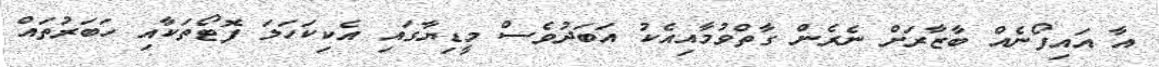
އާ އައިފޯނެއް ބާޒާރަށް ނެރެން ގާތްވުމާއިއެކު އަބަދުވެސް މީޑިޔާގައި އެކިކަހަލަ ފޮޓޯތަކާއި ހަބަރުތައް